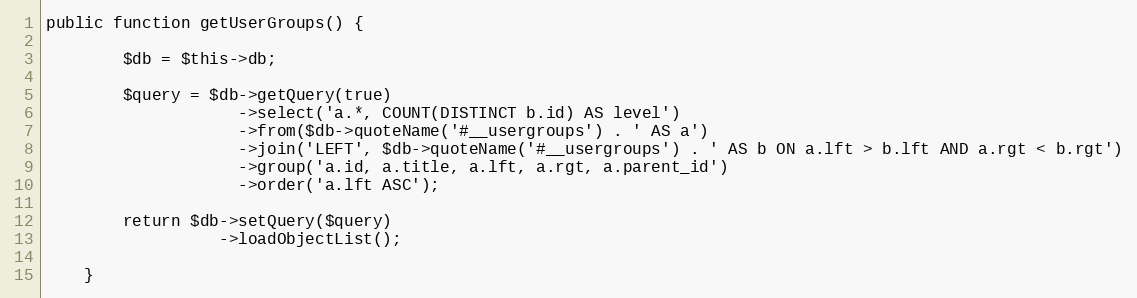
Language: PHP
public function getUserGroups() {

        $db = $this->db;

        $query = $db->getQuery(true)
                    ->select('a.*, COUNT(DISTINCT b.id) AS level')
                    ->from($db->quoteName('#__usergroups') . ' AS a')
                    ->join('LEFT', $db->quoteName('#__usergroups') . ' AS b ON a.lft > b.lft AND a.rgt < b.rgt')
                    ->group('a.id, a.title, a.lft, a.rgt, a.parent_id')
                    ->order('a.lft ASC');

        return $db->setQuery($query)
                  ->loadObjectList();

    }